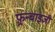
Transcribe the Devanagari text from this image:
फ़्रन्चाइज़ी